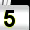
Digit: 5